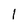
Character: 1